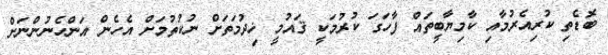
ބޮޑެތި ކުރިއެރުމާއި ކާމިޔާބީތައް ފާހަގަ ކުރުމަކީ ޤައުމީ ޚިދުމަތަށް ނުކުތުމަށް އެހެން އަންހެނުންނަށް